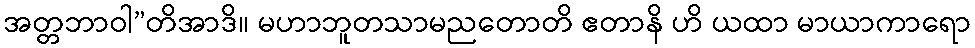
အတ္တဘာဝါ”တိအာဒိ။ မဟာဘူတသာမညတောတိ ဧတာနိ ဟိ ယထာ မာယာကာရော